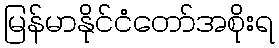
မြန်မာနိုင်ငံတော်အစိုးရ